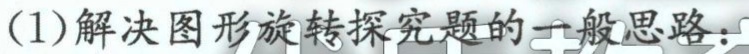
(1)解决图形旋转探究题的一般思路：